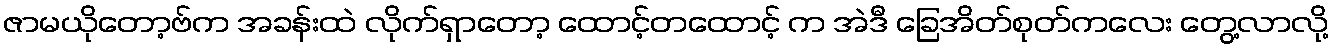
ဇာမယိုတော့ဗ်က အခန်းထဲ လိုက်ရှာတော့ ထောင့်တထောင့် က အဲဒီ ခြေအိတ်စုတ်ကလေး တွေ့လာလို့